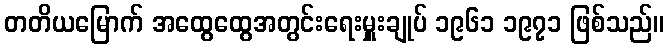
တတိယမြောက် အထွေထွေအတွင်းရေးမှူးချုပ် ၁၉၆၁ ၁၉၇၁ ဖြစ်သည်။